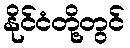
နိုင်ငံတို့တွင်